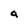
Character: a